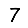
Digit: 7